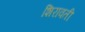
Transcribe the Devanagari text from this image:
शिरावती